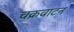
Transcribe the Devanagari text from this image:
चक्रवाटन